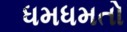
ધમધમતો